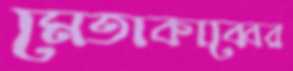
মেতাকাব্বের